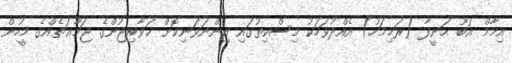
އިމާމް އަބޫ ޙަނީފާ (ރަޙިމަހު) އެއްދުވަހަކު މިސްކިތުގައި އިންނަވަނިކޮށް ޚަވާރިޖުންގެ ޖަމާޢަތެއްގެ މީހުން